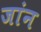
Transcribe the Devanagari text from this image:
जांन